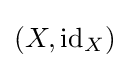
(X,\mathrm {id} _{X})